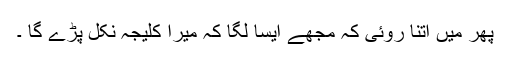
پھر میں اتنا روئی کہ مجھے ایسا لگا کہ میرا کلیجہ نکل پڑے گا ۔